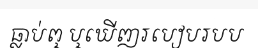
ធ្លាប់ឮ ឬឃើញរបៀបរបប